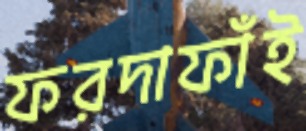
ফরদাফাঁই